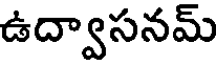
ఉద్వాసనమ్